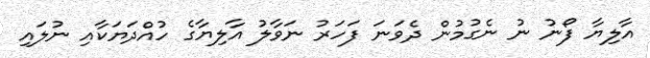
އާލިޔާ ފޯނު ނު ނެގުމުން ދެވަނަ ފަހަރު ނަވާލު އާލިޔާގެ ހުއްދަޔަކާއި ނުލައި